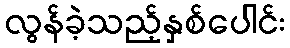
လွန်ခဲ့သည့်နှစ်ပေါင်း